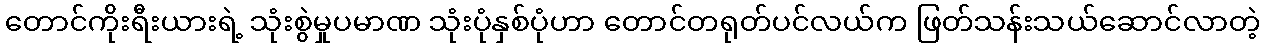
တောင်ကိုးရီးယားရဲ့ သုံးစွဲမှုပမာဏ သုံးပုံနှစ်ပုံဟာ တောင်တရုတ်ပင်လယ်က ဖြတ်သန်းသယ်ဆောင်လာတဲ့